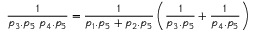
\frac { 1 } { p _ { 3 } . p _ { 5 } \; p _ { 4 } . p _ { 5 } } = \frac { 1 } { p _ { 1 } . p _ { 5 } + p _ { 2 } . p _ { 5 } } \left( \frac { 1 } { p _ { 3 } . p _ { 5 } } + \frac { 1 } { p _ { 4 } . p _ { 5 } } \right)